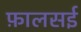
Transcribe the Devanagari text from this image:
फ़ालसई